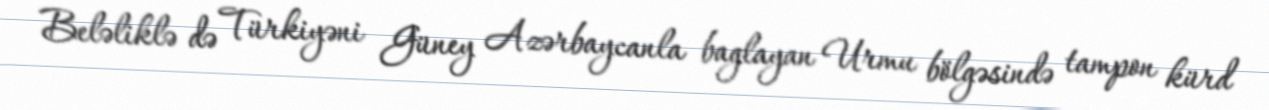
Beləliklə də Türkiyəni Güney Azərbaycanla baglayan Urmu bölgəsində tampon kürd